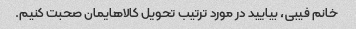
خانم فیبی، بیایید در مورد ترتیب تحویل کالاهایمان صحبت کنیم.